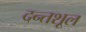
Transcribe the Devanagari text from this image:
दन्तशूल